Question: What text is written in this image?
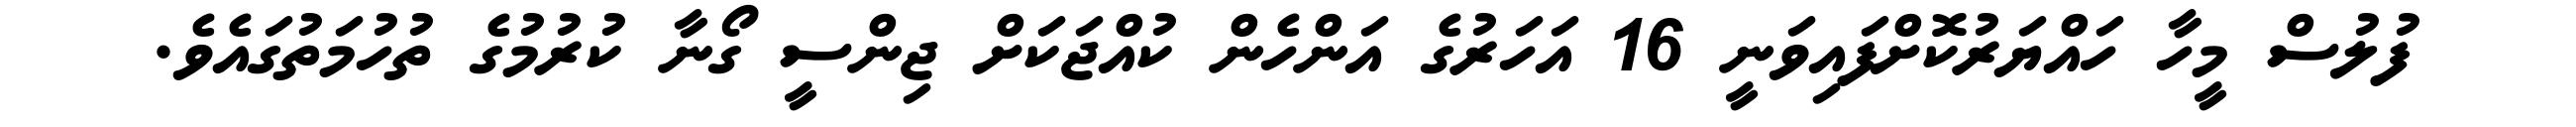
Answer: ފުލުސް މީހާ ހައްޔަރުކޮށްފައިވަނީ 16 އަހަރުގެ އަންހެން ކުއްޖަކަށް ޖިންސީ ގޯނާ ކުރުމުގެ ތުހުމަތުގައެވެ.